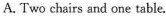
A.Two chairs and one table.